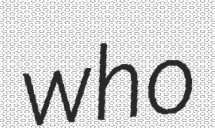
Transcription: who